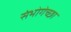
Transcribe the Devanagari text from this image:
संभोगेच्छा